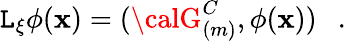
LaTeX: {\cal\mathtt{L}}_{\xi}\phi(\mathbf{x})=({\calG}_{(m)}^{C},\phi(\mathbf{x}))~~~.